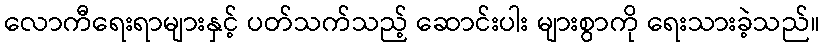
လောကီရေးရာများနှင့် ပတ်သက်သည့် ဆောင်းပါး များစွာကို ရေးသားခဲ့သည်။